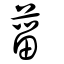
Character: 菑